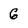
Character: G